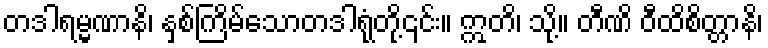
တဒါရမ္မဏာနိ၊ နှစ်ကြိမ်သောတဒါရုံတို့၎င်း။ ဣတိ၊ သို့။ တီဏိ ဝီထိစိတ္တာနိ၊